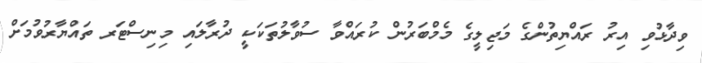
ވިދާޅުވި އިރު ރައްޔިތުންގެ މަޖިލީގެ މެމްބަރުން ކުރައްވާ ސުވާލުތަކަކީ ދުރާލައި މިނިސްޓަރ ތައްޔާރުވުމަށް